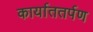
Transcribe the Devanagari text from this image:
कार्याततर्पण